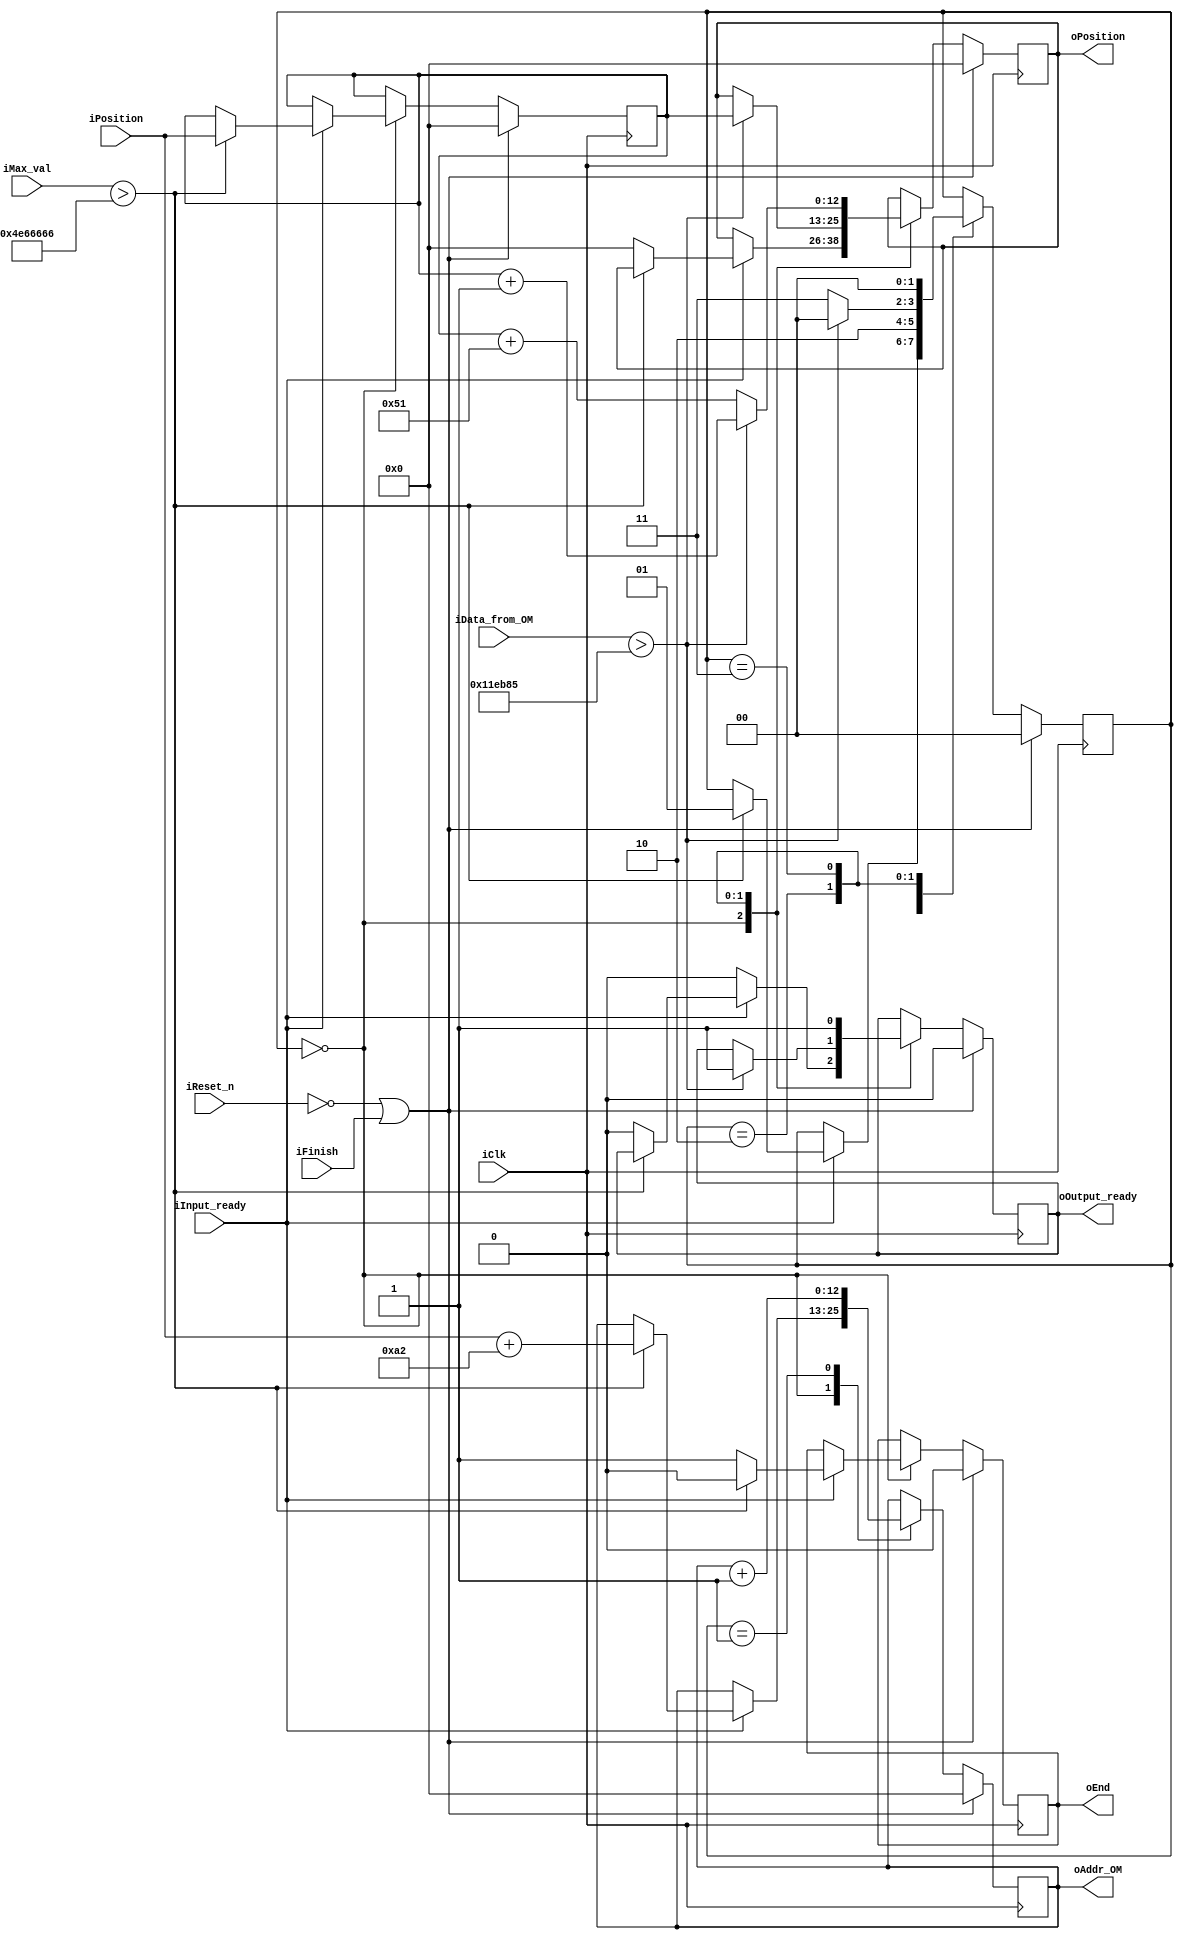
module threshold_17x17 	(
							//Input
							input				iClk,
							input				iReset_n,
							input				iInput_ready,
							input		[12:0]	iPosition,
							input		[31:0]	iMax_val,
							input				iFinish,
							input		[31:0]	iData_from_OM,
							//Output
							output	reg	[12:0]	oAddr_OM,
							output	reg	[12:0]	oPosition,
							output	reg			oOutput_ready,
							output	reg			oEnd
						);
//=========================REGISTERS================================
reg		[1:0]	state;
reg		[12:0]	position;
//===========================WIRES==================================
wire			threshold;
wire	[12:0]	face_center;
wire			cond;
//==================================================================
assign	threshold	=	iMax_val > 32'h4E66666;
assign	face_center	=	iPosition + 13'd162;	
assign	cond		=	iData_from_OM	>	32'h11EB85;	
//==================================================================					
always @ (posedge iClk)
if (~iReset_n || iFinish)
begin
	state			<=	2'b0;
	position		<=	13'b0;
	oAddr_OM		<=	13'b0;
	oPosition		<=	13'b0;
	oOutput_ready	<=	1'b0;
	oEnd			<=	1'b0;
end
else
begin
	case (state)
	0:
		if (iInput_ready)
		begin
			if (threshold)
			begin
				state		<=	2'd1;
				oAddr_OM	<=	face_center;
				position	<=	iPosition;
				oEnd		<=	1'b0;
			end
			else
			begin
				oPosition		<=	13'b0;
				oOutput_ready	<=	1'b0;
				oEnd			<=	1'b1;
			end
		end
		else
			oOutput_ready	<=	1'b0;
	1:
		begin
			oAddr_OM	<=	oAddr_OM + 1'b1;
			state		<=	2'd2;
		end
	2:
		if (cond)
		begin
			oPosition		<=	position;
			oOutput_ready	<=	1'b1;
			state			<=	3'd0;
		end
		else
			state		<=	2'd3;
	3:
		begin
			if (cond)
				oPosition	<=	position + 1'b1;
			else
				oPosition	<=	position + 13'd81;
			oOutput_ready	<=	1'b1;
			state			<=	2'd0;
		end
	
	endcase

end
					
endmodule